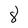
Character: 8